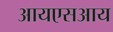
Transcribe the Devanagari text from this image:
आयएसआय